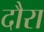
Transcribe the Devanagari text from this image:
दौरा